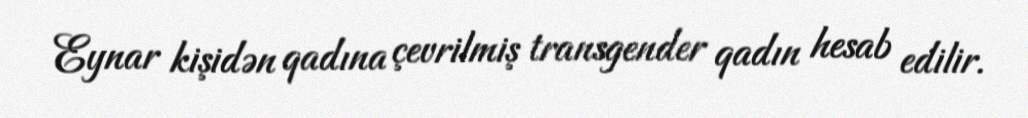
Eynar kişidən qadına çevrilmiş transgender qadın hesab edilir.